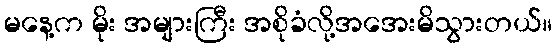
မနေ့က မိုး အများကြီး အစိုခံလို့အအေးမိသွားတယ်။